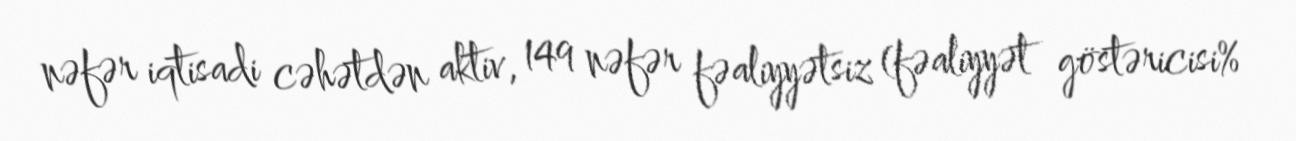
nəfər iqtisadi cəhətdən aktiv, 149 nəfər fəaliyyətsiz (fəaliyyət göstəricisi%